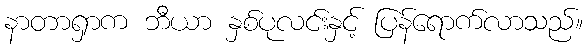
နာတာရှာက ဘီယာ နှစ်ပုလင်းနှင့် ပြန်ရောက်လာသည်။